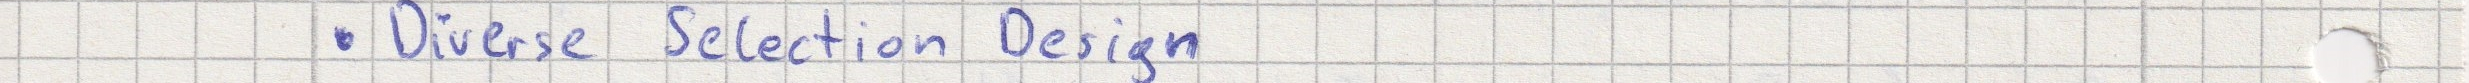
- Diverse Selection Design